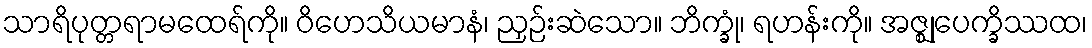
သာရိပုတ္တရာမထေရ်ကို။ ဝိဟေသိယမာနံ၊ ညှဉ်းဆဲသော။ ဘိက္ခုံ၊ ရဟန်းကို။ အဇ္ဈုပေက္ခိဿထ၊